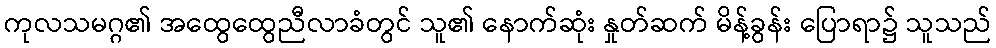
ကုလသမဂ္ဂ၏ အထွေထွေညီလာခံတွင် သူ၏ နောက်ဆုံး နှုတ်ဆက် မိန့်ခွန်း ပြောရာ၌ သူသည်